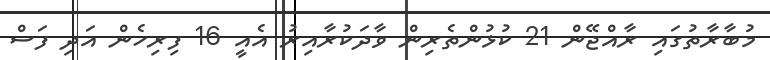
މުބާރާތުގައި ރާއްޖޭން 21 ކުޅުންތެރިން ވާދަކުރާއިރު އެއީ 16 ފިރިހެން އަދި ފަސް